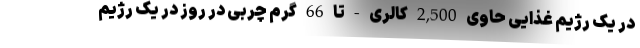
در یک رژیم غذایی حاوی 2,500 کالری - تا 66 گرم چربی در روز در یک رژیم